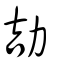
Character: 劼